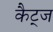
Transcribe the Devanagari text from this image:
कैट्ज